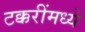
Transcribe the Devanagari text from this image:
टक्करींमध्ये